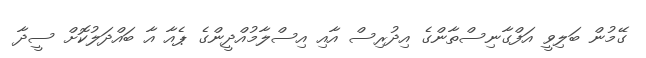
ގޭމުން ބަލިވީ އަފްގާނިސްތާންގެ އިދުރިސް އާއި އިސްލާމުއްދީންގެ ޕެއާ އާ ބައްދަލުކޮށް ސީދާ